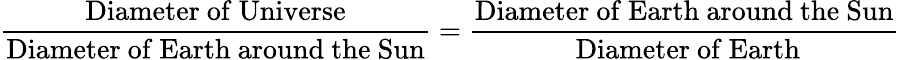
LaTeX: {\frac{\mathrm{Diameter~of~Universe}}{\mathrm{Diameter~of~Earth~around~the~Sun}}}={\frac{\mathrm{Diameter~of~Earth~around~the~Sun}}{\mathrm{~Diameter~of~Earth}}}